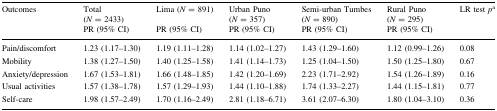
| <ROWSPAN=2> Outcomes | Total (N = 2433) | Lima (N = 891) | Urban Puno (N = 357) | Semi-urban Tumbes (N = 890) | Rural Puno (N = 295) | <ROWSPAN=2> LR test pa |
 | PR (95% CI) | PR (95% CI) | PR (95% CI) | PR (95% CI) | PR (95% CI) |
 | --- | --- | --- | --- | --- | --- | --- |
 | Pain/discomfort | 1.23 (1.17–1.30) | 1.19 (1.11–1.28) | 1.14 (1.02–1.27) | 1.43 (1.29–1.60) | 1.12 (0.99–1.26) | 0.08 |
 | Mobility | 1.38 (1.27–1.50) | 1.40 (1.25–1.58) | 1.41 (1.14–1.73) | 1.25 (1.04–1.50) | 1.50 (1.25–1.80) | 0.67 |
 | Anxiety/depression | 1.67 (1.53–1.81) | 1.66 (1.48–1.85) | 1.42 (1.20–1.69) | 2.23 (1.71–2.92) | 1.54 (1.26–1.89) | 0.16 |
 | Usual activities | 1.57 (1.38–1.78) | 1.57 (1.29–1.93) | 1.44 (1.10–1.88) | 1.74 (1.33–2.27) | 1.44 (1.15–1.81) | 0.77 |
 | Self-care | 1.98 (1.57–2.49) | 1.70 (1.16–2.49) | 2.81 (1.18–6.71) | 3.61 (2.07–6.30) | 1.80 (1.04–3.10) | 0.36 |